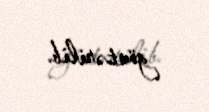
göstərilib.